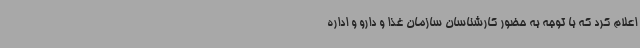
اعلام کرد که با توجه به حضور کارشناسان سازمان غذا و دارو و اداره